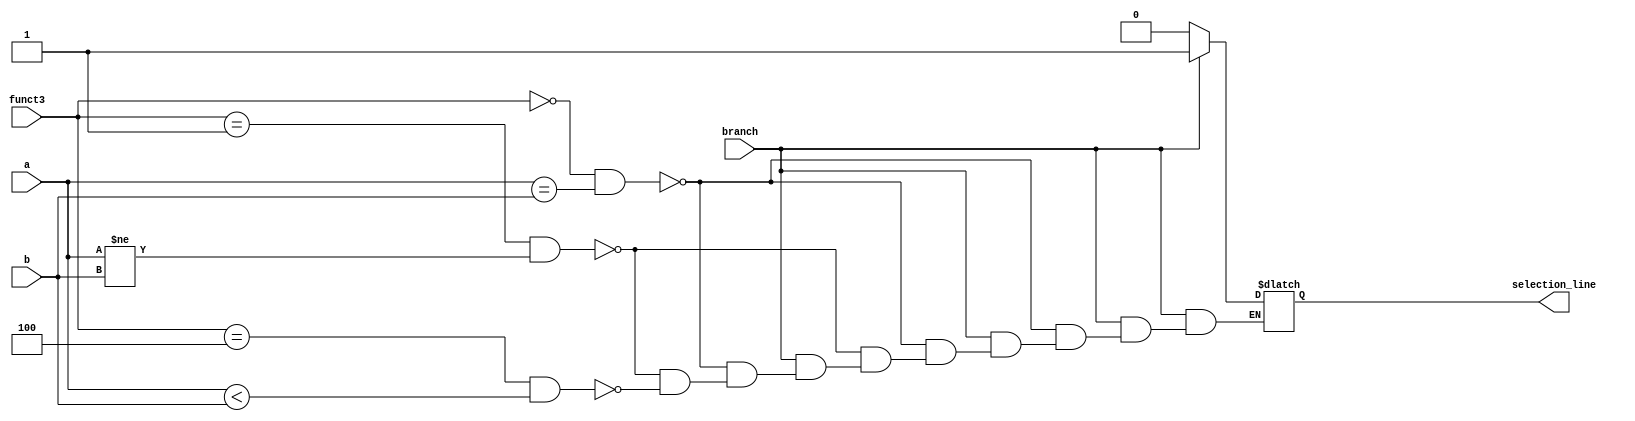
module Comparator(
  input [63:0] a,b,
  input [2:0] funct3,
  input branch,
  output reg selection_line
);
  always @(*)
    begin
      if (branch == 1)
        begin
          if (funct3 == 3'b000 & a == b)
            begin
              selection_line = 1;
            end
          
          else if (funct3 == 3'b001 & a != b)
            begin
              selection_line = 1;
            end
          
          else if (funct3 == 3'b100 & a < b)
            begin
              selection_line = 1;
            end

        end
      else
        begin
          selection_line = 0;
        end      
    end
endmodule